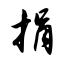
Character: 捐